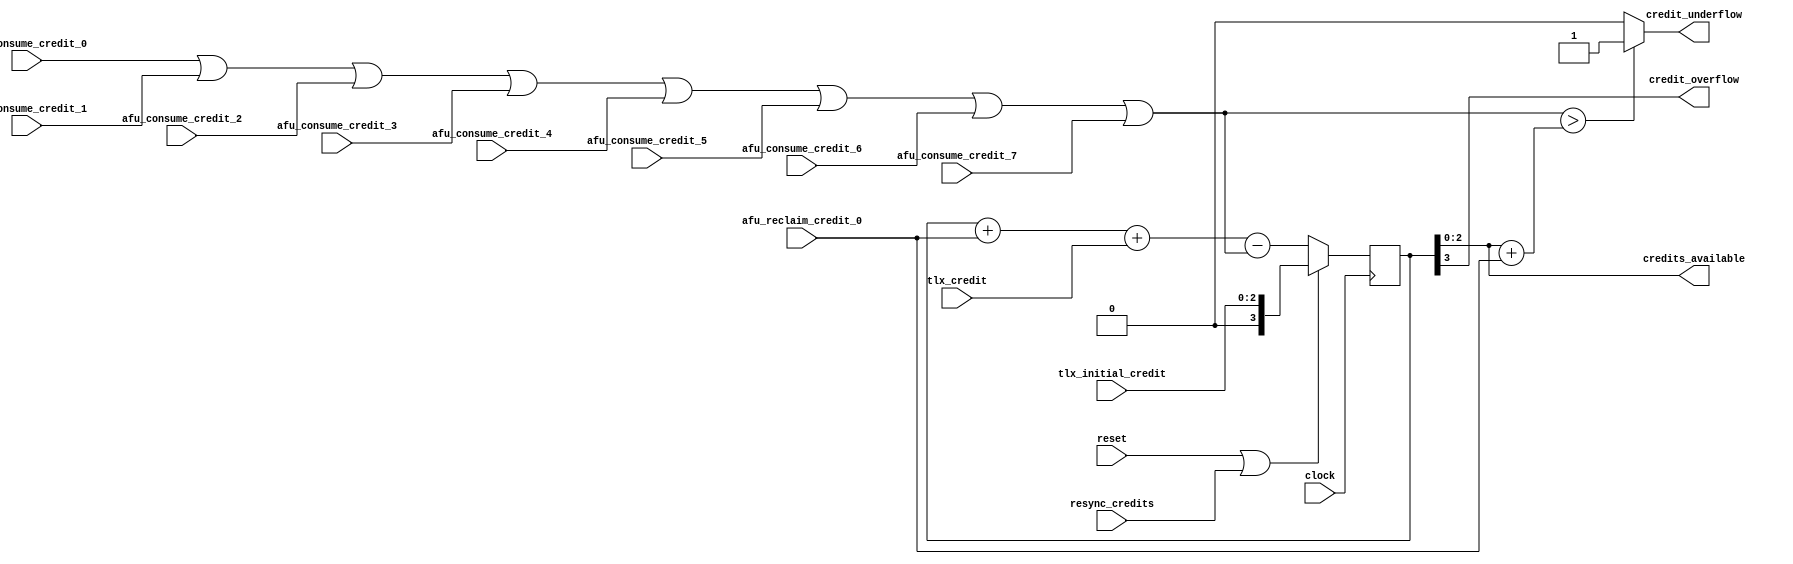
module lpc_tlx_afu_credit_mgr
  #(parameter MSB = 2)     // Bit number of most significant bit. i.e. a 3 bit counter, [2:0] has MSB=2
(
    // -----------------------------------
    // Miscellaneous Ports
    // -----------------------------------
    input          clock
  , input          reset                       // (active high)
  , input          resync_credits              // Reset credit counts when 1, start capturing/sending new credits on 1->0 transition

    // -----------------------------------
    // Credits from TLX
    // -----------------------------------
  , input  [MSB:0] tlx_initial_credit          // Number of starting credits from TLX
  , input          tlx_credit                  // Increment 1 credit each cycle the TLX sets this to 1


    // -----------------------------------
    // Consumption of credits by AFU
    // -----------------------------------
  , input  [MSB:0] afu_consume_credit_0        // The AFU may have multiple state machines that need to consume credits
  , input  [MSB:0] afu_consume_credit_1        // IMPORTANT: When an input is not used, set it to all 0s
  , input  [MSB:0] afu_consume_credit_2
  , input  [MSB:0] afu_consume_credit_3
  , input  [MSB:0] afu_consume_credit_4
  , input  [MSB:0] afu_consume_credit_5
  , input  [MSB:0] afu_consume_credit_6
  , input  [MSB:0] afu_consume_credit_7

    // -----------------------------------
    // Reclaimation of credits by AFU
    // -----------------------------------
  , input  [MSB:0] afu_reclaim_credit_0

    // -----------------------------------
    // Information on credits
    // -----------------------------------
  , output [MSB:0] credits_available           // Number of credits currently available
  , output         credit_overflow             // Error - received excess credits from TLX
  , output         credit_underflow            // Error - want to consume more credits than are currently available

) ;

// ==============================================================================================================================
// @@@  Combine consume requests
// ==============================================================================================================================
// In the first generation of AFU, the AFU works on one command at a time. Thus only one state machine should be requesting
// consumption of credits at any given time. With the assumption an input will be all 0s when not in use, a simple OR gate
// can be used to combine the consumption requests into a single vector.
wire [MSB:0] consume_credits;
assign consume_credits = afu_consume_credit_0 |
                         afu_consume_credit_1 |
                         afu_consume_credit_2 |
                         afu_consume_credit_3 |
                         afu_consume_credit_4 |
                         afu_consume_credit_5 |
                         afu_consume_credit_6 |
                         afu_consume_credit_7 ;

// If the AFU becomes more sophisticated and starts handling operations in parallel, this mechanism will need to become
// an adder, to sum up all requests in each cycle. However in this case underflow becomes more likely one operation is not
// necessarily aware of what other operations require, so combined they could request more credits than available. Therefore
// the interface may need to change to a request/grant style, allowing each to take turns getting credits to avoid this situation.

// ==============================================================================================================================
// @@@  Main counter
// ==============================================================================================================================
reg  [MSB+1:0] credit_reg;           // Make one bit larger so can check for overflow
wire   [MSB:0] zerovec;
wire [MSB+1:0] onevec;

assign zerovec = {(MSB+1){1'b0}};    // Define a string of 0s of the correct length to make comparisons easier to understand
assign onevec  = {zerovec, 1'b1};

always @(posedge(clock))
  begin
    if (reset == 1'b1 || resync_credits == 1'b1)
      credit_reg <= {1'b0,tlx_initial_credit};
    else
      // Increment by bulk credit reclaimation, a single pulse to reclaim 1 credit, or decrement by bulk consumption
      credit_reg <= credit_reg + {1'b0,afu_reclaim_credit_0} + { zerovec, tlx_credit } - {1'b0,consume_credits};
  end

assign credits_available = credit_reg[MSB:0];                                    // Pass credits available to external logic
assign credit_overflow   = credit_reg[MSB+1];                                    // Overflow if accumulate more credits than should be allowed
assign credit_underflow  = (consume_credits > (credit_reg[MSB:0] + afu_reclaim_credit_0)) ? 1'b1 : 1'b0;  // Underflow if ask for more credits than are available

endmodule